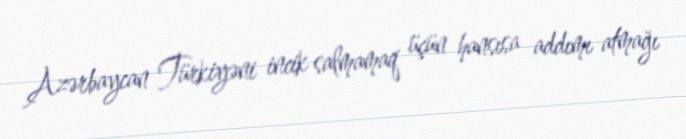
Azərbaycan Türkiyəni incik salmamaq üçün hansısa addımı atmağı